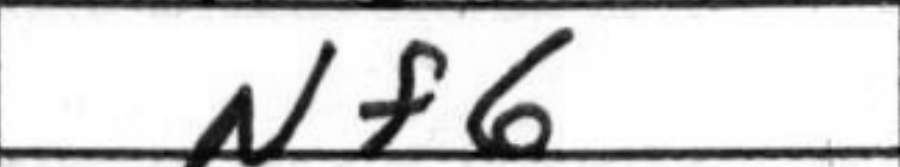
Transcription: Nf6